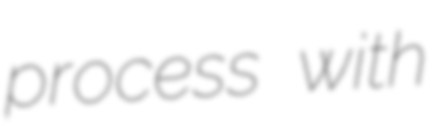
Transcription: process with